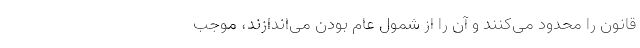
قانون را محدود می‌کنند و آن را از شمول عام بودن می‌اندازند، موجب